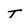
Character: T